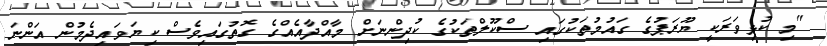
"މި ކުޅިވަރަކީ ޔޫރަޕުގެ ގައުމުތަކުގައި ސްކޫލްތަކުގެ ކުދިންނަށް މާއްދާއެއްގެ ގޮތުގައިވެސް ކިޔަވައިދެމުން އަންނަ